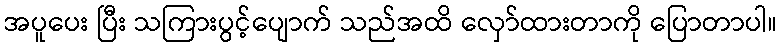
အပူပေး ပြီး သကြားပွင့်ပျောက် သည်အထိ လှော်ထားတာကို ပြောတာပါ။